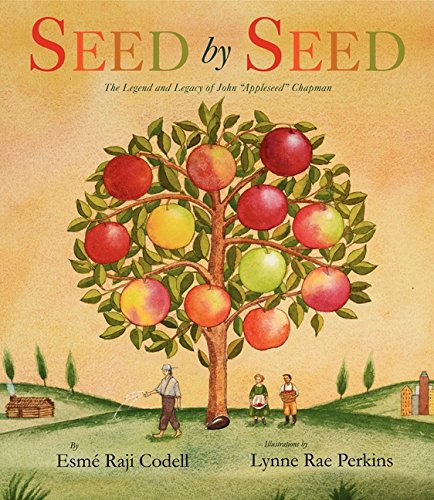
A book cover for Seed by Seed: The Legend and Legacy of John "Appleseed" Chapman; Esme Raji Codell; Children's Books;